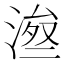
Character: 𱧫